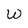
Character: W